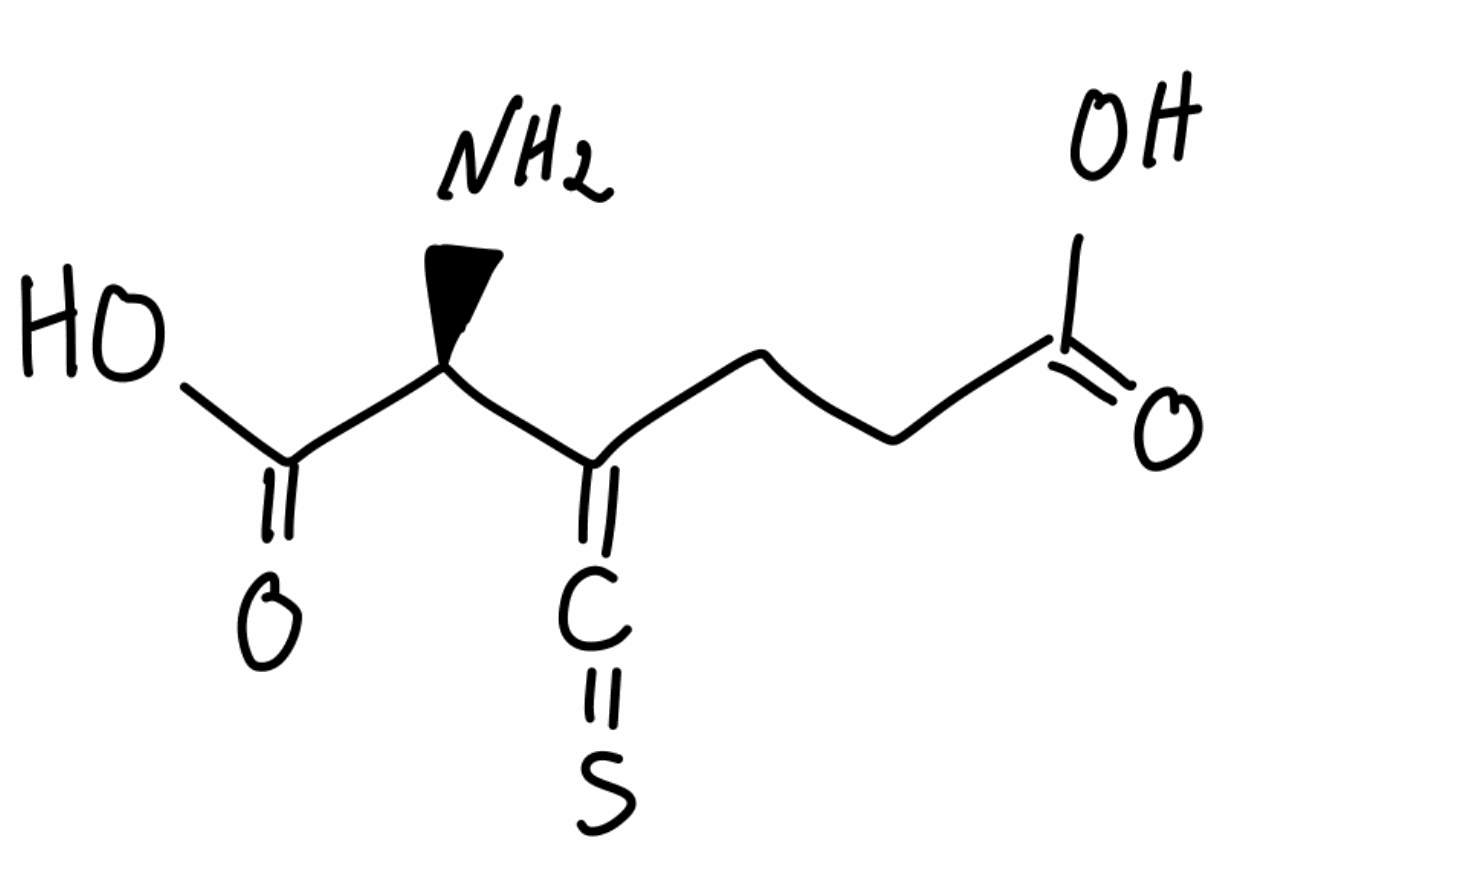
Simplified molecular-input line-entry system (SMILES) notation of the given molecule:
C(CC(=O)O)C(=C=S)[C@@H](C(=O)O)N